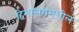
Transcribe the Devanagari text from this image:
हिमालयमधील